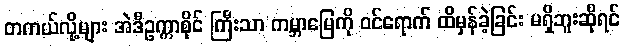
တကယ်လို့များ အဲဒီဥက္ကာစိုင် ကြီးသာ ကမ္ဘာမြေကို ဝင်ရောက် ထိမှန်ခဲ့ခြင်း မရှိဘူးဆိုရင်